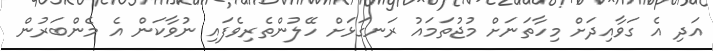
އަދި އެ ގަވާއިދަށް މިހާތަނަށް މުޖުތަމައު ރަނގަޅަށް ހޭލުންތެރިވެފައި ނުވާކަން އެ މެންބަރުން